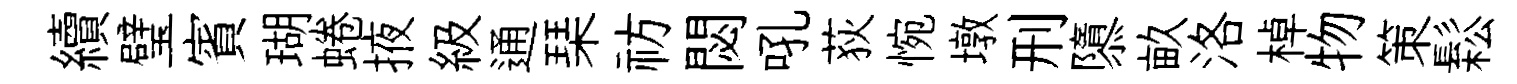
續璧賓瑚蜷掖級通琹祊閟吼荻惋墩刑隳畝洛棹物策鬆